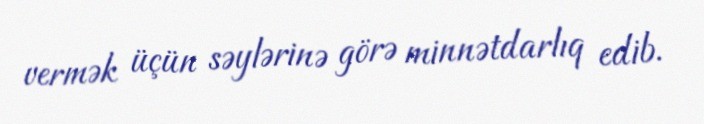
vermək üçün səylərinə görə minnətdarlıq edib.